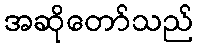
အဆိုတော်သည်